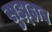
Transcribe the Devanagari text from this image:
सुझ्हाव